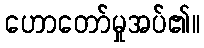
ဟောတော်မှုအပ်၏။